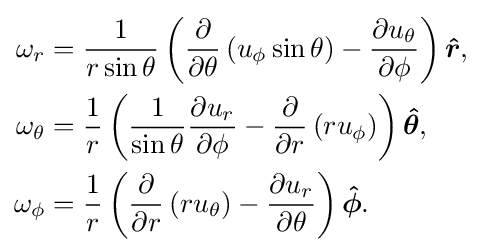
{\begin{aligned}\omega _{r}&={1 \over r\sin \theta }\left({\partial  \over \partial \theta }\left(u_{\phi }\sin \theta \right)-{\partial u_{\theta } \over \partial \phi }\right){\boldsymbol {\hat {r}}},\\\omega _{\theta }&={1 \over r}\left({1 \over \sin \theta }{\partial u_{r} \over \partial \phi }-{\partial  \over \partial r}\left(ru_{\phi }\right)\right){\boldsymbol {\hat {\theta }}},\\\omega _{\phi }&={1 \over r}\left({\partial  \over \partial r}\left(ru_{\theta }\right)-{\partial u_{r} \over \partial \theta }\right){\boldsymbol {\hat {\phi }}}.\end{aligned}}